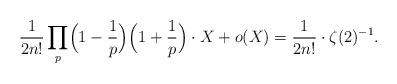
LaTeX: \begin{align*}\frac{1}{2n!}\prod_p\Bigl(1-\frac{1}{p}\Bigr)\Bigl(1+\frac1p\Bigr)\cdot X + o(X) = \frac{1}{2n!}\cdot\zeta(2)^{-1}.\end{align*}